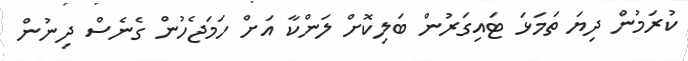
ކުރަމުން ދިޔަ ތަމަޅަ ޓައިގަރުން ބަލިކޮށް ލަންކާ އަށް ހަމަޖެހުން ގެނެސް ދިނުން